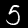
Digit: 5